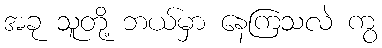
အခု သူတို့ ဘယ်မှာ နေကြသလဲ ကွ